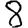
Digit: 8